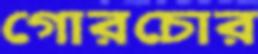
গোরচোর